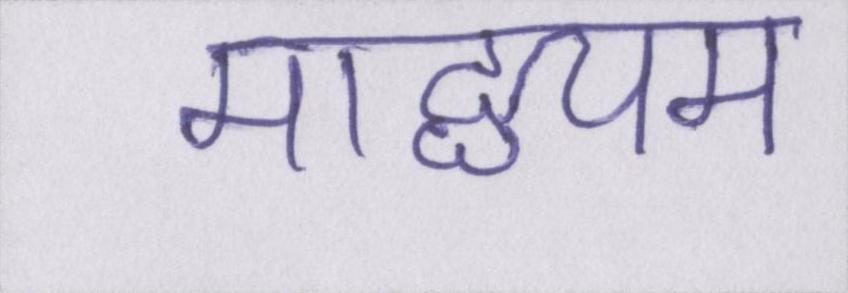
माद्ध्यम